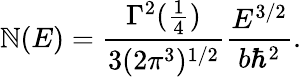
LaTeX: \mathbb{N}(E)={\frac{{\Gamma^{2}({\frac{{1}}{{4}}})}}{{3(2\pi^{3})^{1/2}}}}{\frac{{E^{3/2}}}{{b\hbar^{2}}}}.